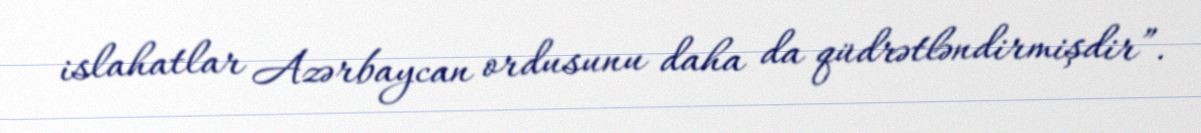
islahatlar Azərbaycan ordusunu daha da qüdrətləndirmişdir”.